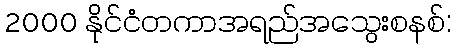
2000 နိုင်ငံတကာအရည်အသွေးစနစ်: